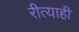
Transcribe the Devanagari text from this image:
रीत्याही